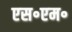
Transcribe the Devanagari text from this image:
एस॰एम॰